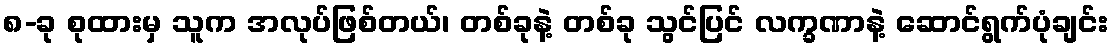
၈-ခု စုထားမှ သူက အလုပ်ဖြစ်တယ်၊ တစ်ခုနဲ့ တစ်ခု သွင်ပြင် လက္ခဏာနဲ့ ဆောင်ရွက်ပုံချင်း